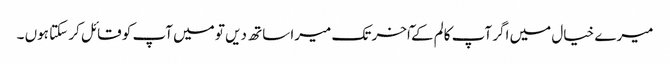
میرے خیال میں اگر آپ کالم کے ٓاخر تک میرا ساتھ دیں تو میں آپ کو قائل کر سکتا ہوں ۔